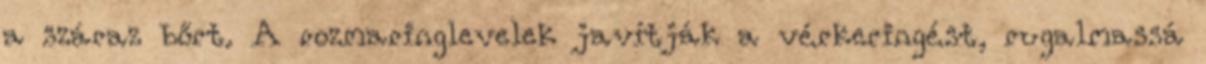
a száraz bőrt. A rozmaringlevelek javítják a vérkeringést, rugalmassá